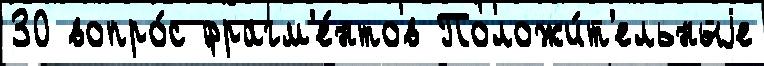
30 вопро́с фрагм'е́нтов Положи́т'ельныjе